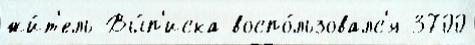
жи́т'ель Вы́п'иска воспо́льзовалс'я 3700